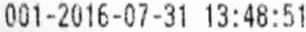
001-2016-07-31 13:48:51